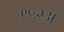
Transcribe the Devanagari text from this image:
९५२अ